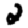
Digit: 2